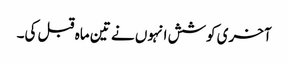
آخری کوشش انہوں نے تین ماہ قبل کی۔